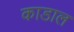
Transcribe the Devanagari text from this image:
काडाल